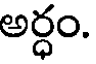
అర్ధం.